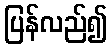
ပြန်လည်၍